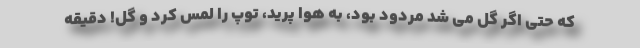
که حتی اگر گل می شد مردود بود، به هوا پرید، توپ را لمس کرد و گل! دقیقه